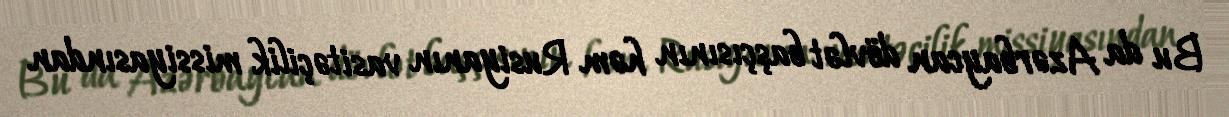
Bu da Azərbaycan dövlət başçısının həm Rusiyanın vasitəçilik missiyasından